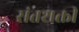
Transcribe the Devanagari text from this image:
संतशक्ती